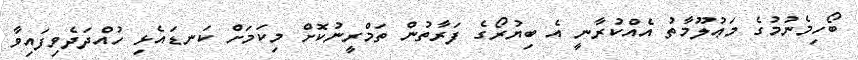
ބޯހިމެނުމުގެ މަޢުލޫމާތު އެއްކުރާނީ އެ ބިޔުރޯގެ ފަރާތުން ތަމްރީނުކޮށް މިކަމަށް ކަނޑައެޅި ހުއްދަދެވިފައިވާ